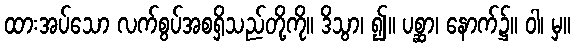
ထားအပ်သော လက်စွပ်အစရှိသည်တို့ကို။ ဒိသွာ၊ ၍။ ပစ္ဆာ၊ နောက်၌။ ဝါ၊ မှ။